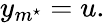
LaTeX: y_{m^{\star}}=u.